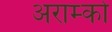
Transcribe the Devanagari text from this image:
अराम्को